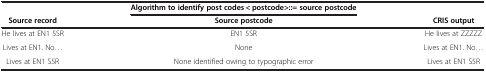
|  | Algorithm to identify post codes < postcode>::= source postcode |  |
 | Source record | Source postcode | CRIS output |
 | --- | --- | --- |
 | He lives at EN1 5SR | EN1 5SR | He lives at ZZZZZ |
 | Lives at EN1. No... | None | Lives at EN1. No... |
 | Lives at EN1 S5R | None identified owing to typographic error | Lives at EN1 S5R |